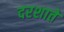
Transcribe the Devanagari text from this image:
दरशाते